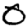
Digit: 0